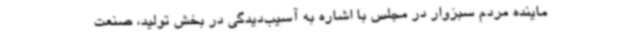
ماینده مردم سبزوار در مجلس با اشاره به آسیب‌دیدگی در بخش تولید، صنعت